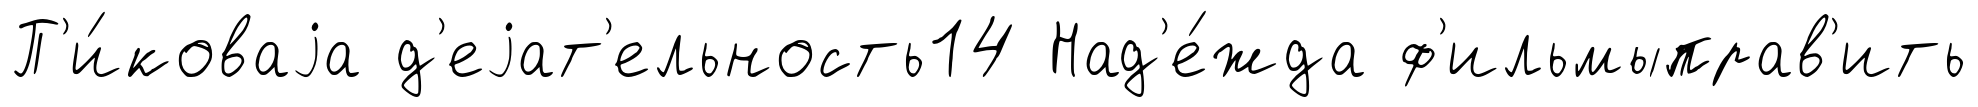
П'и́коваjа д'еjат'ельность14 Над'е́жда ф'ильмыправ'ить